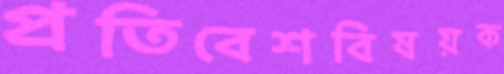
প্রতিবেশবিষয়ক